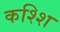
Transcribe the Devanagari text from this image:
कश्शि